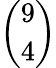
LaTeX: \binom{9}{4}